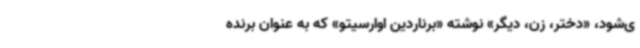
ی‌شود، «دختر، زن، دیگر» نوشته «برناردین اوارسیتو» که به عنوان برنده